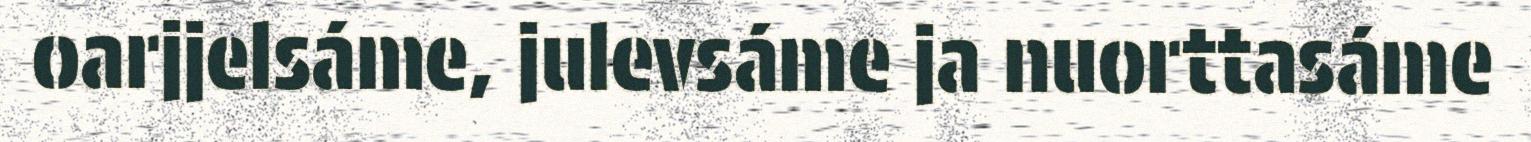
oarjjelsáme, julevsáme ja nuorttasáme